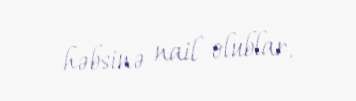
həbsinə nail olublar.